Report on enteric fever
Disease focus: Fever
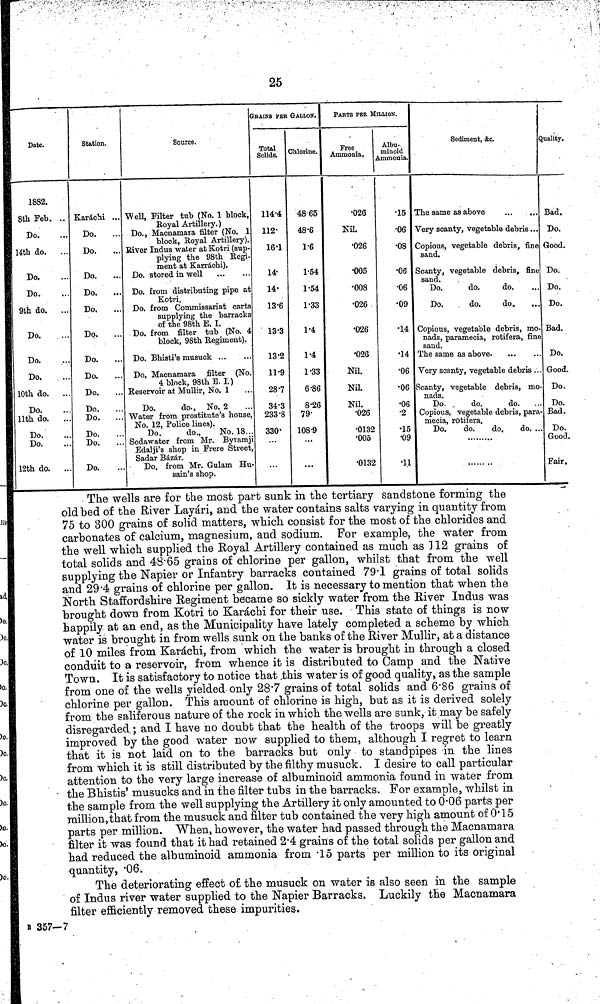
25
Date.
1882.
8th Feb. ..
Do.
14th do.
Do.
Do.
9th do.
Do.
Do.
Do.
10th do.
Do.
11th do.
Do.
Do.
12th do. ...
Station.
Karáchi ...
Do.
Do.
Do.
Do.
...
Do.
Do.
Do.
Do.
Do.
Do.
Do.
Do.
Do.
Do.
Source.
Well, Filter tub (No. 1 block,
Royal Artillery.)
Do., Macnamara filter (No. 1
block, Royal Artillery).
River Indus water at Kotri (sup-
plying the 98th Regi-
ment at Karráchi).
Do. stored in well
Do. from distributing pipe at
Kotri.
Do. from Commissariat carts
supplying the barracks
of the 98th E. I.
Do. from filter tub (No. 4
block, 98th Regiment).
Do. Bhisti's musuck
Do, Macnamara filter (No.
4 block, 98th E. I.)
Reservoir at Mullir, No. 1
Do.
do., No. 2
Water from prostitute's house,
No. 12, Police lines).
Do.
do.,
No. 18...
Sodawater from Mr. Byramji
Edalji's shop in Frere Street,
Sadar Bázár.
Do. from Mr. Gulam Hu-
sain's shop.
GRAINS PER GALLON.
Total
Solids.
114.4
112.
16.1
14.
14.
13.6
13.3
13.2
11.9
28.7
34.3
233.8
330.
Chlorine.
48 65
48.6
1.6
1.54
1.54
1.33
1.4
1.4
1.33
6.86
8.26
79.
108.9
...
...
PARTS PER MILLION.
Free
Ammonia.
026
Nil.
026
005
008
026
026
026
Nil,
Nil.
Nil.
026
0132
005
0132
Albu.
minoid
Ammonia.
15
06
08
06
06
909
14
14
06
06
06
2
15
09
11
Sediment, &c.
The same as above
Very scanty, vegetable debris ...
Copious, vegetable debris, fine
sand.
Scanty, vegetable debris, fine
sand.
Do.
do.
do.
Do.
do.
do.
Copious, vegetable debris, mo-
nads, paramecia, rotifera, fine
sand.
The same as above.
Very scanty, vegetable debris ...
Scanty, vegetable debris, mo
nads.
Do.
do.
do.
Copious, vegetable debris, para-
mecia, rotifera.
Do.
do.
do.
do. ..
Quality.
Bad.
Do.
Good.
Do.
Do.
Do.
Bad.
Do.
Good.
Do.
Do.
Bad.
Do.
Good.
Fair.
The wells are for the most part sunk in the tertiary sandstone forming the
old bed of the River Layári, and the water contains salts varying in quantity from
75 to 300 grains of solid matters, which consist for the most of the chlorides and
carbonates of calcium, magnesium, and sodium. For example, the water from
the well which supplied the Royal Artillery contained as much as 112 grains of
total solids and 48 65 grains of chlorine per gallon, whilst that from the well
supplying the Napier or Infantry barracks contained 79 1 grains of total solids
and 29 4 grains of chlorine per gallon. It is necessary to mention that when the
North Staffordshire Regiment became so sickly water from the River Indus was
brought down from Kotri to Karáchi for their use. This state of things is now
happily at an end, as the Municipality have lately completed a scheme by which
water is brought in from wells sunk on the banks of the River Mullir, at a distance
of 10 miles from Karáchi, from which the water is brought in through a closed
conduit to a reservoir, from whence it is distributed to Camp and the Native
Town. It is satisfactory to notice that this water is of good quality, as the sample
from one of the wells yielded only 28 7 grains of total solids and 6 86 grains of
chlorine per gallon. This amount of chlorine is high, but as it is derived solely
from the saliferous nature of the rock in which the wells are sunk, it may be safely
disregarded; and I have no doubt that the health of the troops will be greatly
improved by the good water now supplied to them, although I regret to learn
that it is not laid on to the barracks but only to stand pipes in the lines
from which it is still distributed by the filthy musuck. I desire to call particular
attention to the very large increase of albuminoid ammonia found in water from
the Bhistis' musucks and in the filter tubs in the barracks. For example, whilst in
the sample from the well supplying the Artillery it only amounted to 0 06 parts per
million, that from the musuck and filter tub contained the very high amount of 0 15
parts per million. When, however, the water had passed through the Macnamara
filter it was found that it had retained 2 4 grains of the total solids per gallon and
had reduced the albuminoid ammonia from 15 parts per million to its original
quantity, 06.
The deteriorating effect of the musuck on water is also seen in the sample
of Indus river water supplied to the Napier Barracks. Luckily the Macnamara
filter efficiently removed these impurities.
357—7